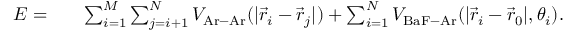
\begin{array} { r l r } { E = } & { { } } & { \sum _ { i = 1 } ^ { M } \sum _ { j = i + 1 } ^ { N } V _ { \mathrm { A r - A r } } ( | \Vec { r } _ { i } - \Vec { r } _ { j } | ) + \sum _ { i = 1 } ^ { N } V _ { \mathrm { B a F - A r } } ( | \Vec { r } _ { i } - \Vec { r } _ { 0 } | , \theta _ { i } ) . } \end{array}